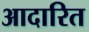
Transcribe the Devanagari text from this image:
आदारित